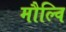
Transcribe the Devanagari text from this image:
मौल्वि